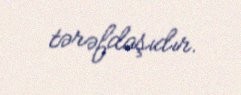
tərəfdaşıdır.